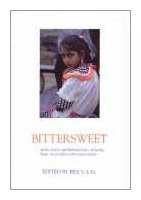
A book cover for Bittersweet: The Indo-Fijian Experience; History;